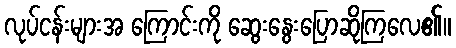
လုပ်ငန်းများအ ကြောင်းကို ဆွေးနွေးပြောဆိုကြလေ၏။